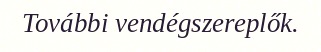
További vendégszereplők.